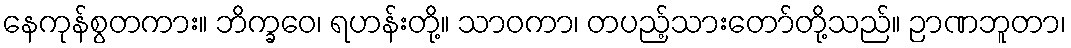
နေကုန်စွတကား။ ဘိက္ခဝေ၊ ရဟန်းတို့။ သာဝကာ၊ တပည့်သားတော်တို့သည်။ ဉာဏဘူတာ၊